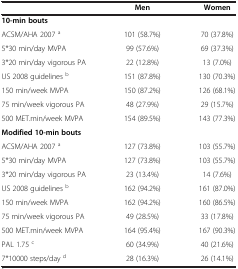
<table><thead><tr><td><b> </b></td><td><b>Men</b></td><td><b>Women</b></td></tr></thead><tbody><tr><td><b>10-min bouts</b></td><td colspan="2"> </td></tr><tr><td>ACSM/AHA 2007 <sup>a</sup></td><td>101 (58.7%)</td><td>70 (37.8%)</td></tr><tr><td>5*30 min/day MVPA</td><td>99 (57.6%)</td><td>69 (37.3%)</td></tr><tr><td>3*20 min/day vigorous PA</td><td>22 (12.8%)</td><td>13 (7.0%)</td></tr><tr><td>US 2008 guidelines <sup>b</sup></td><td>151 (87.8%)</td><td>130 (70.3%)</td></tr><tr><td>150 min/week MVPA</td><td>150 (87.2%)</td><td>126 (68.1%)</td></tr><tr><td>75 min/week vigorous PA</td><td>48 (27.9%)</td><td>29 (15.7%)</td></tr><tr><td>500 MET.min/week MVPA</td><td>154 (89.5%)</td><td>143 (77.3%)</td></tr><tr><td><b>Modified 10-min bouts</b></td><td colspan="2"> </td></tr><tr><td>ACSM/AHA 2007 <sup>a</sup></td><td>127 (73.8%)</td><td>103 (55.7%)</td></tr><tr><td>5*30 min/day MVPA</td><td>127 (73.8%)</td><td>103 (55.7%)</td></tr><tr><td>3*20 min/day vigorous PA</td><td>23 (13.4%)</td><td>14 (7.6%)</td></tr><tr><td>US 2008 guidelines <sup>b</sup></td><td>162 (94.2%)</td><td>161 (87.0%)</td></tr><tr><td>150 min/week MVPA</td><td>162 (94.2%)</td><td>160 (86.5%)</td></tr><tr><td>75 min/week vigorous PA</td><td>49 (28.5%)</td><td>33 (17.8%)</td></tr><tr><td>500 MET.min/week MVPA</td><td>164 (95.4%)</td><td>167 (90.3%)</td></tr><tr><td>PAL 1.75 <sup>c</sup></td><td>60 (34.9%)</td><td>40 (21.6%)</td></tr><tr><td>7*10000 steps/day <sup>d</sup></td><td>28 (16.3%)</td><td>26 (14.1%)</td></tr></tbody></table>